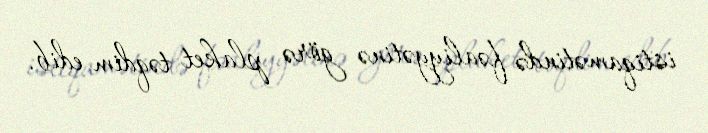
istiqamətində fəaliyyətinə görə plaket təqdim edib.